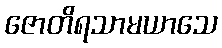
ဇောတိရသာမယာသေ